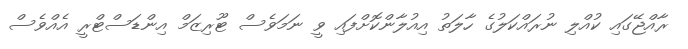
ރާއްޖޭގައި ކުއްލި ނުރައްކަލުގެ ހާލަތު އިއުލާންކޮށްފައި ވީ ނަމަވެސް ޓޫރިޒަމް އިންޑަސްޓްރީ އެއްވެސް